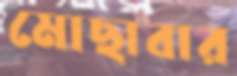
মোছাবার